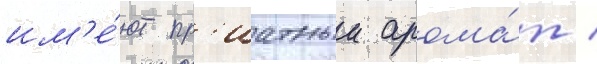
им'е́ют пр'иатныи арома́т /